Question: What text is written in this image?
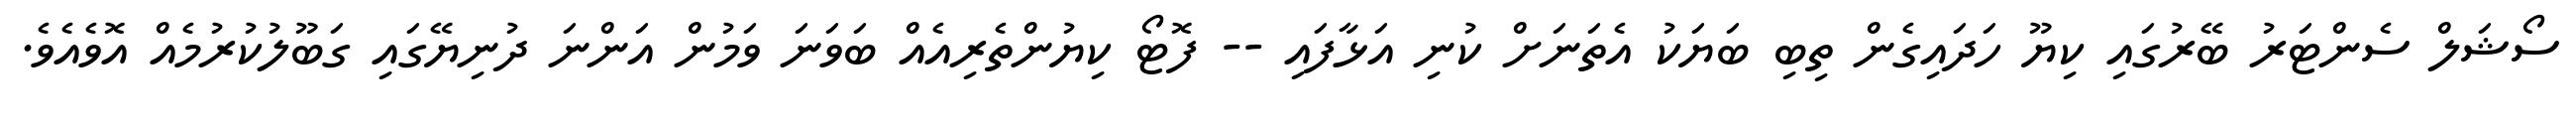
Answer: ސޯޝަލް ސެންޓަރު ބޭރުގައި ކިޔޫ ހަދައިގެން ތިބި ބަޔަކު އެތަނަށް ކުނި އަޅާފައި -- ފޮޓޯ ކިޔުންތެރިއެއް ބަވަނަ ވަމުން އަންނަ ދުނިޔޭގައި ގަބޫލުކުރުމެއް އޮވެއެވެ.